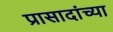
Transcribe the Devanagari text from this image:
प्रासादांच्या